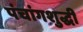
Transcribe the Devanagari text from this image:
पंचांगशुद्धी